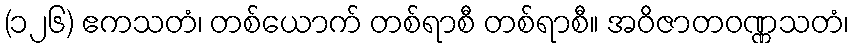
(၁၂၆) ဧကသတံ၊ တစ်ယောက် တစ်ရာစီ တစ်ရာစီ။ အဝိဇာတဝဏ္ဏသတံ၊